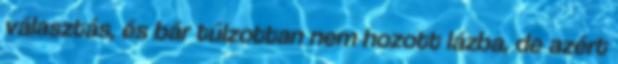
választás, és bár túlzottan nem hozott lázba, de azért